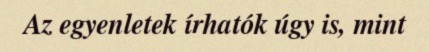
Az egyenletek írhatók úgy is, mint